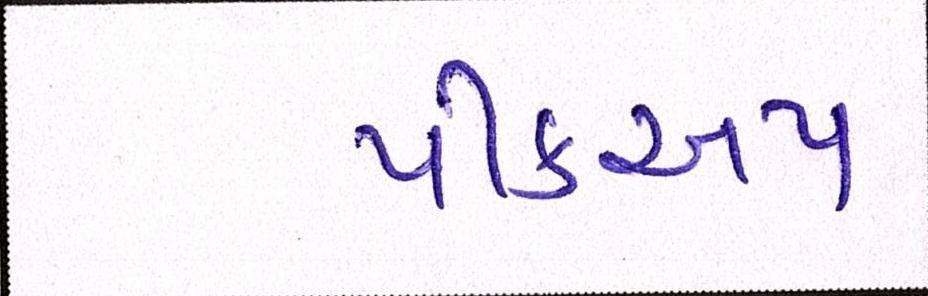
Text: પીકઅપ